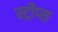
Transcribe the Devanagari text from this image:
स्ट्रीप्स